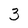
Character: 3